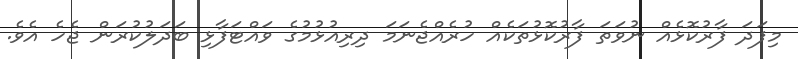
މިފަދަ ފާރުކޮޅެއް ނުވަތަ ފާރުކޮޅުތަކެއް ހުރެއްޖެނަމަ ދިރިއުޅުމުގެ ވައްޓަފާޅި ބަދަލުކުރަން ޖެހެ އެވެ.